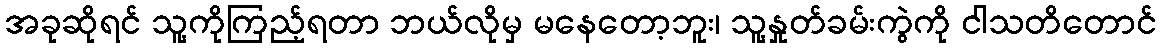
အခုဆိုရင် သူ့ကိုကြည့်ရတာ ဘယ်လိုမှ မနေတော့ဘူး၊ သူ့နှုတ်ခမ်းကွဲကို ငါသတိတောင်